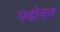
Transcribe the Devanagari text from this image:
पद्दोनत